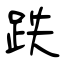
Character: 跌